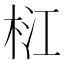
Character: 𣑴